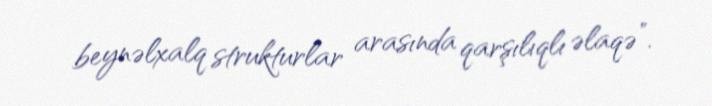
beynəlxalq strukturlar arasında qarşılıqlı əlaqə”.